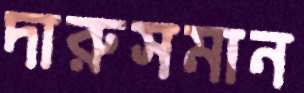
দারুসমান